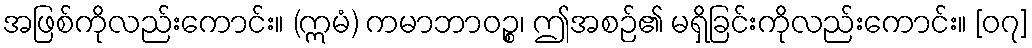
အဖြစ်ကိုလည်းကောင်း။ (ဣမံ) ကမာဘာဝဉ္စ၊ ဤအစဉ်၏ မရှိခြင်းကိုလည်းကောင်း။ [၀၇]